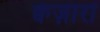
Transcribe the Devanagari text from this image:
क्वेज़ारों